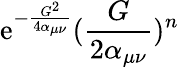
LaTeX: \mathrm{e}^{-\frac{{G^{2}}}{{4\alpha_{\mu\nu}}}}(\frac{{G}}{{2\alpha_{\mu\nu}}})^{n}